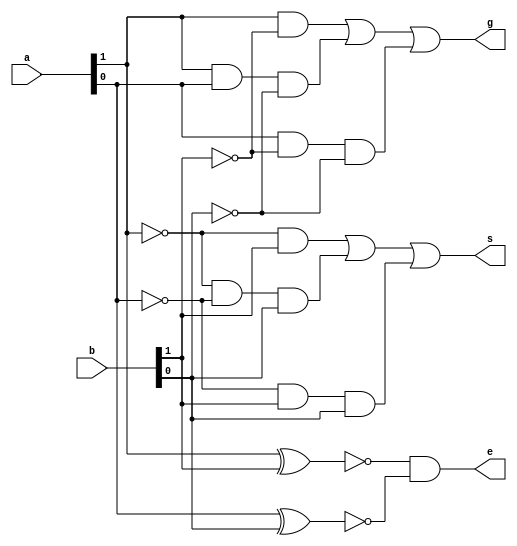
module magnitude_comparator(g, e, s, a, b);
    input [1:0] a, b;
    output g, e, s;
    or(g, (a[1] & ~b[1]), (a[1] & a[0] & ~b[0]), (a[0] & ~b[1] & ~b[0]));
    and(e, ~(a[1] ^ b[1]), ~(a[0] ^ b[0]));
    or(s, (~a[1] & b[1]), (~a[1] & ~a[0] & b[0]), (~a[0] & b[1] & b[0]));
endmodule